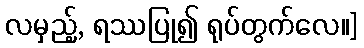
လမှည့်, ရဿပြု၍ ရုပ်တွက်လေ။]